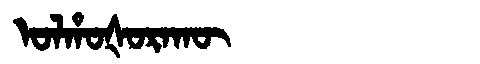
Manchu: ᠣᠯᡥᠣᡧᠣᡵᠠᡴᡡ
Romanization: OLHOŠORAKŪ